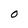
Character: O